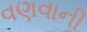
વણવાની